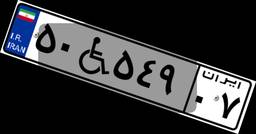
۵۳W۷۰۰۰۳